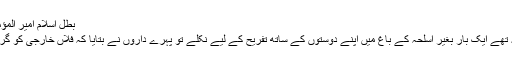
بطل اسلام امیر المؤمنین ہادی رحمہ اللہ​
آپ بہت بہادر خلیفہ تھے ایک بار بغیر اسلحہ کے باغ میں اپنے دوستوں کے ساتھ تفریح کے لیے نکلے تو پہرے داروں نے بتایا کہ فلاں خارجی کو گرفتار کر لیا گیا ہے ۔